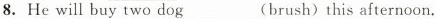
8.He will buy two dog ___(brush)this afternoon.